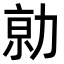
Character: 𠡽